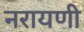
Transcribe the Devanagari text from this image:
नरायणी